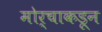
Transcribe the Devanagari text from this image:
मोर्चाकडून